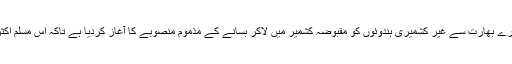
بھارتی حکومت نے نئے ڈومیسائل قواعد کے پردے میں پورے بھارت سے غیر کشمیری ہندوئوں کو مقبوضہ کشمیر میں لاکر بسانے کے مذموم منصوبے کا آغاز کردیا ہے تاکہ اس مسلم اکثریتی ریاست کو ہندو اکثریتی ریاست میں تبدیل کیا جاسکے۔